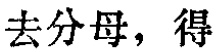
去分母，得